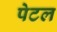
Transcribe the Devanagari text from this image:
पेटल